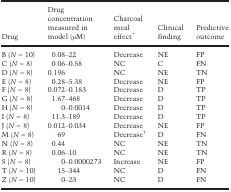
<table><thead><tr><td><b>Drug</b></td><td><b>Drug concentration measured in model (<i>μ</i>M)</b></td><td><b>Charcoal meal effect*</b></td><td><b>Clinical finding</b></td><td><b>Predictive outcome</b></td></tr></thead><tbody><tr><td>B (<i>N</i> = 10)</td><td>0.08–22</td><td>Decrease</td><td>NE</td><td>FP</td></tr><tr><td>C (<i>N</i> = 8)</td><td>0.06–0.58</td><td>NC</td><td>C</td><td>FN</td></tr><tr><td>D (<i>N</i> = 8)</td><td>0.196</td><td>NC</td><td>NE</td><td>TN</td></tr><tr><td>E (<i>N</i> = 8)</td><td>0.28–5.38</td><td>Decrease</td><td>NE</td><td>FP</td></tr><tr><td>F (<i>N</i> = 8)</td><td>0.072–0.183</td><td>Decrease</td><td>D</td><td>TP</td></tr><tr><td>G (<i>N</i> = 8)</td><td>1.67–468</td><td>Decrease</td><td>D</td><td>TP</td></tr><tr><td>H (<i>N</i> = 8)</td><td>0–0.0014</td><td>Decrease</td><td>D</td><td>TP</td></tr><tr><td>I (<i>N</i> = 8)</td><td>11.3–189</td><td>Decrease</td><td>D</td><td>TP</td></tr><tr><td>J (<i>N</i> = 8)</td><td>0.012–0.034</td><td>Decrease</td><td>NE</td><td>FP</td></tr><tr><td>M (<i>N</i> = 8)</td><td>69</td><td>Decrease†</td><td>D</td><td>FN</td></tr><tr><td>N (<i>N</i> = 8)</td><td>0.44</td><td>NC</td><td>NE</td><td>TN</td></tr><tr><td>R (<i>N</i> = 8)</td><td>0.06–10</td><td>NC</td><td>NE</td><td>TN</td></tr><tr><td>S (<i>N</i> = 8)</td><td>0–0.0000273</td><td>Increase</td><td>NE</td><td>FP</td></tr><tr><td>T (<i>N</i> = 10)</td><td>15–344</td><td>NC</td><td>D</td><td>FN</td></tr><tr><td>Z (<i>N</i> = 10)</td><td>0–23</td><td>NC</td><td>D</td><td>FN</td></tr></tbody></table>